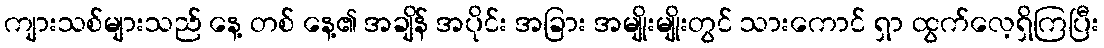
ကျားသစ်များသည် နေ့ တစ် နေ့၏ အချိန် အပိုင်း အခြား အမျိုးမျိုးတွင် သားကောင် ရှာ ထွက်လေ့ရှိကြပြီး